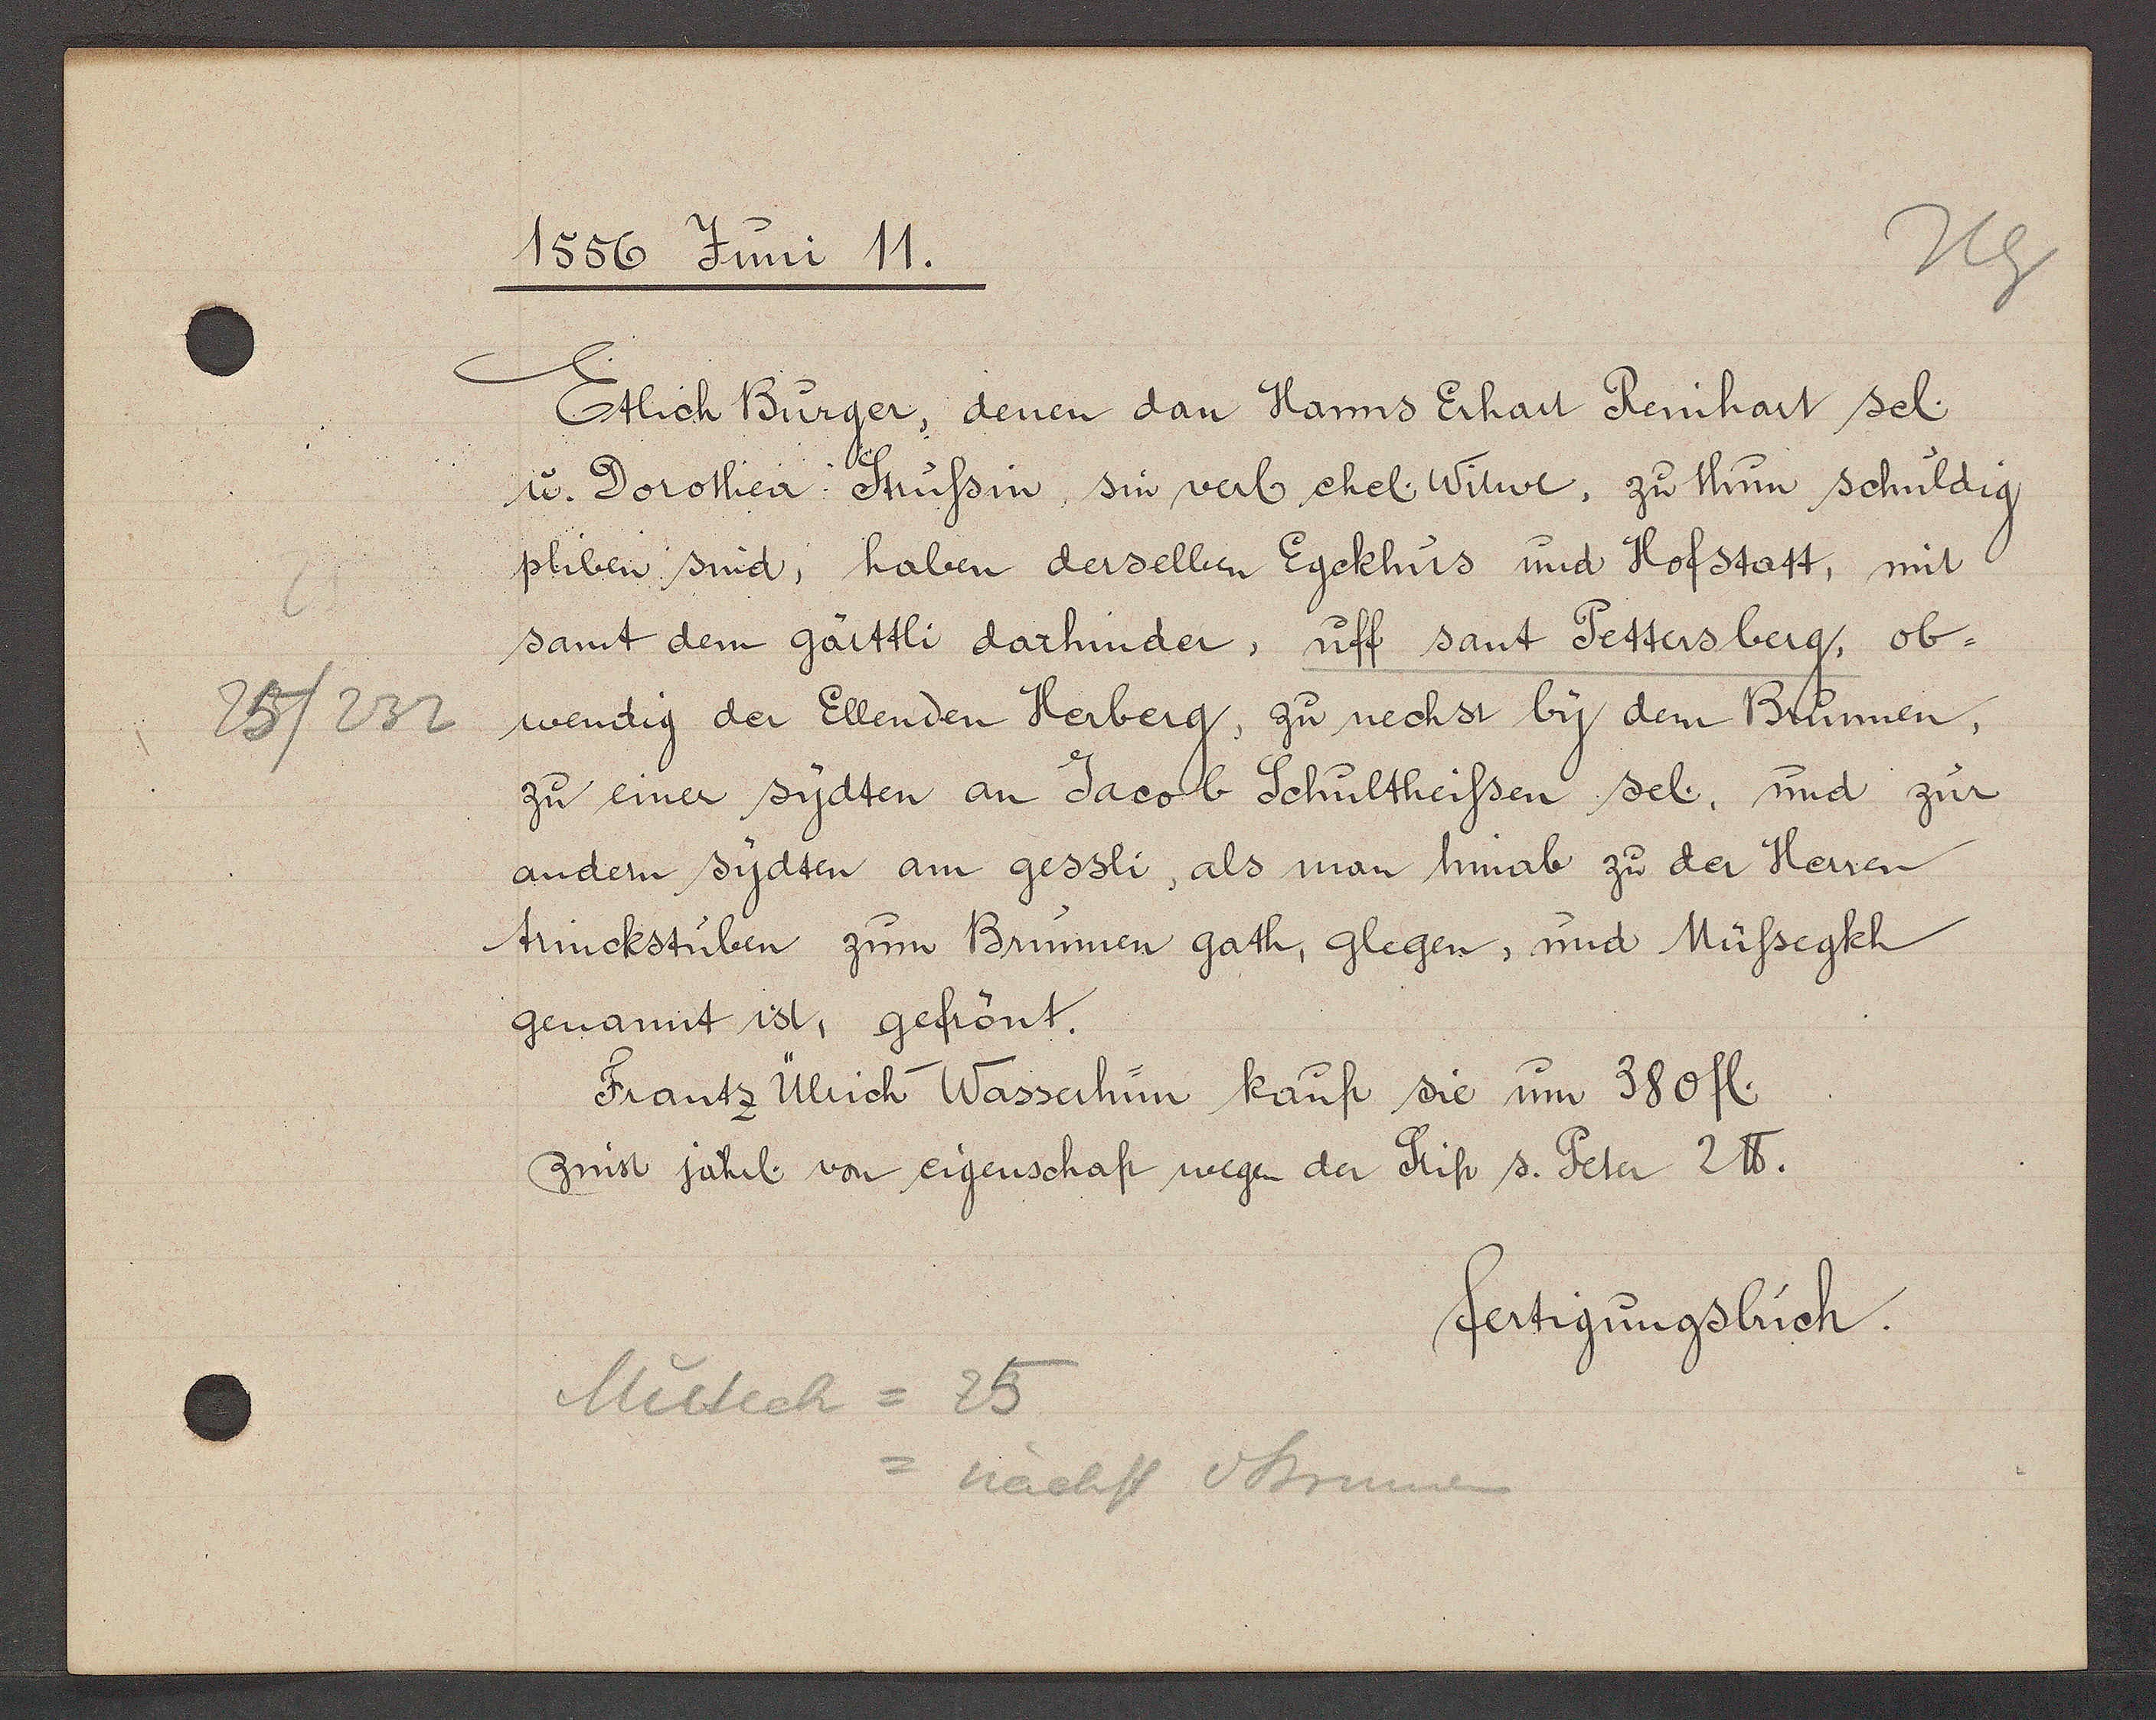
Transcript:
25/232

1556 Juni 11.

Etlich Bürger, denen dan Hanns Erhart Reinhart sel.
u. Dorothea. Stussin, sin verl ehel. Witwe, zu thun schuldig
pliben sind, haben derselben Egckhus und Hofstatt, mit
samt dem gärtli darhinder, uff sant Pettersberg, ob.
wendig der Ellenden Herberg, zu nechst by dem Brunnen,
zu einer sydten an Jacob Schultheissen sel. und zur
andern sydten am gessli, als man hinab zu der Herren
trinckstüben zum Brunnen gath, glegen, und Müssegkh
genannt ist, gefrönt.
Frantz Ülrich Wasserhun kauft sie um 380 fl.
zinst jährl von eigenschaft wegen der Stift s. Peter 2 ℔.

fertigungsbuch.

Mütech = 25
= nächst d Brunnen